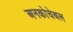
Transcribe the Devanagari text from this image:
अनकोचेबल